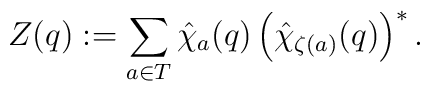
Z(q):=\sum_{a\in T}\hat \chi_{a}(q)\left( \hat    \chi_{\zeta(a)}(q) \right)^{*}.